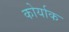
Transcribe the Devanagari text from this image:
कोर्याक